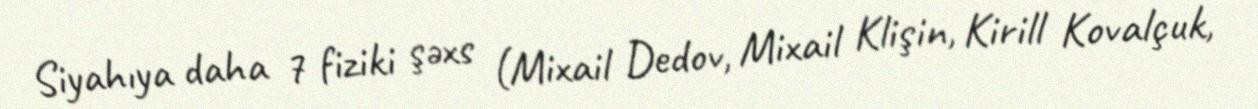
Siyahıya daha 7 fiziki şəxs (Mixail Dedov, Mixail Klişin, Kirill Kovalçuk,